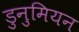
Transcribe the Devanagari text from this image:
डुनुमियन